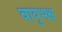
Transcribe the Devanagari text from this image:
वायुभक्ष